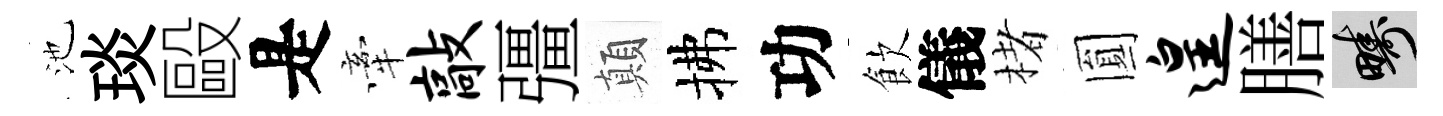
池琰毆是牽敲彊顛拂功飲儀楮圎遑膳疇